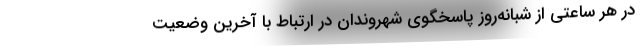
در هر ساعتی از شبانه‌روز پاسخگوی شهروندان در ارتباط با آخرین وضعیت